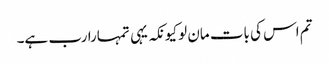
تم اس کی بات مان لو کیونکہ یہی تمہارا رب ہے۔